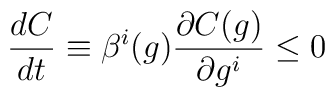
\frac{d C}{d t}\equiv\beta^{i}(g) \frac{\partial C(g)}{\partial g^{i}} \leq 0